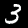
Digit: 3